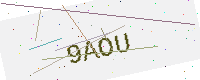
Text: 9AOU